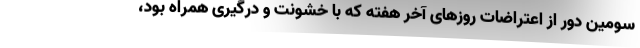
سومین دور از اعتراضات روزهای آخر هفته که با خشونت و درگیری همراه بود،